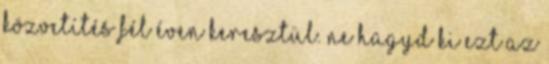
közvetítés fél éven keresztül. Ne hagyd ki ezt az